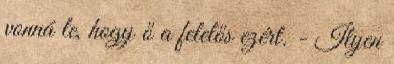
vonná le, hogy ő a felelős ezért. - Ilyen